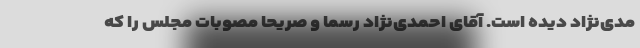
مدی‌نژاد دیده است. آقای احمدی‌نژاد رسماً و صریحاً مصوبات مجلس را که